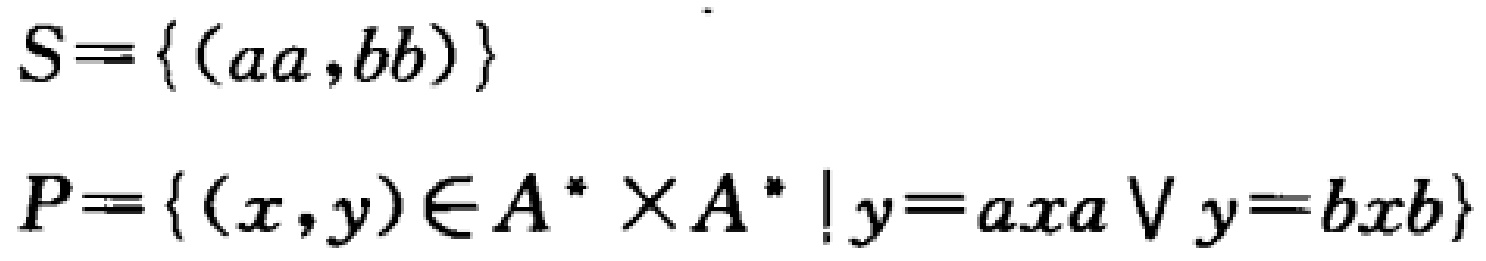
\[

S=\{(aa,bb)\}

\]

\[

P=\{(x,y)\in A^*\times A^* \mid y = axa\vee y = bxb\}

\]